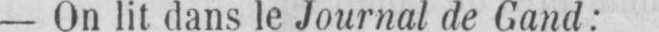
- On lit dans le Journal de Gand: